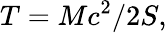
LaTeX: T=Mc^{2}/2S,